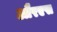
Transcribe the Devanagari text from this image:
औरएस